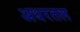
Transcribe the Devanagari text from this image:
अधरतल